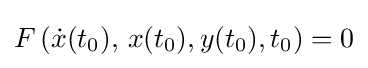
F\left({\dot {x}}(t_{0}),\,x(t_{0}),y(t_{0}),t_{0}\right)=0